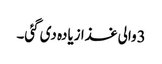
3والی غذا زیادہ دی گئی۔